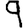
Digit: 9